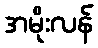
အမိုးလန်